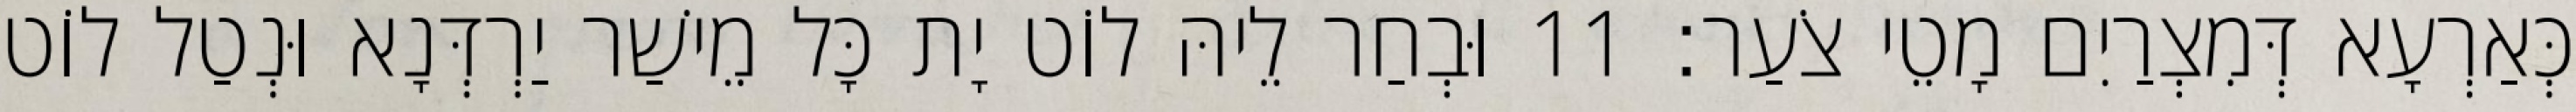
כְּאַרְעָא דְּמִצְרַיִם מָטֵי צֹעַר׃ 11 וּבְחַר לֵיהּ לוֹט יָת כָּל מֵישַׁר יַרְדְּנָא וּנְטַל לוֹט